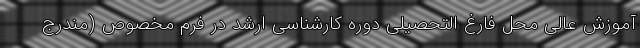
آموزش عالی محل فارغ التحصیلی دوره کارشناسی ارشد در فرم مخصوص (مندرج